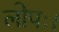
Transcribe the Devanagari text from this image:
लोपः।